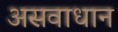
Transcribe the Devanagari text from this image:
असवाधान